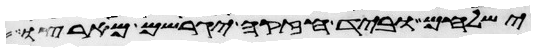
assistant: ישלחם וביד חזקה יגרשם מארצו